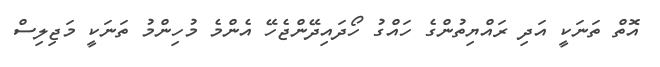
އޮތް ތަނަކީ އަދި ރައްޔިތުންގެ ހައްގު ހޯދައިދޭންޖެހޭ އެންމެ މުހިންމު ތަނަކީ މަޖިލިސް